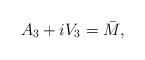
LaTeX: \begin{align*}A_3 + i V_3 = \bar{M},\end{align*}